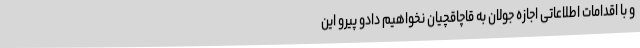
و با اقدامات اطلاعاتی اجازه جولان به قاچاقچیان نخواهیم دادو پیرو این